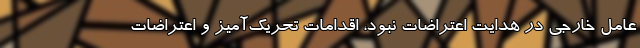
عامل خارجی در هدایت اعتراضات نبود، اقدامات تحریک‌آمیز و اعتراضات